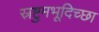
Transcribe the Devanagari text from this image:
स्रष्टुमभूदिच्छा